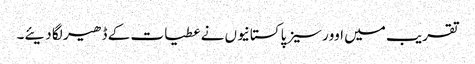
تقریب میں اوورسیز پاکستانیوں نے عطیات کے ڈھیر لگا دیئے۔